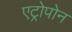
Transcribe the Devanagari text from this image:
एट्रोपोन